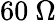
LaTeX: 60\ \Omega